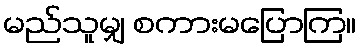
မည်သူမျှ စကားမပြောကြ။